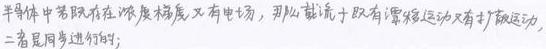
半导体中若既存在浓度梯度,又有电场,那么载流子既有漂移运动又有扩散运动,二者是同步进行的;